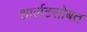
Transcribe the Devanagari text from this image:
शार्लटसोबत